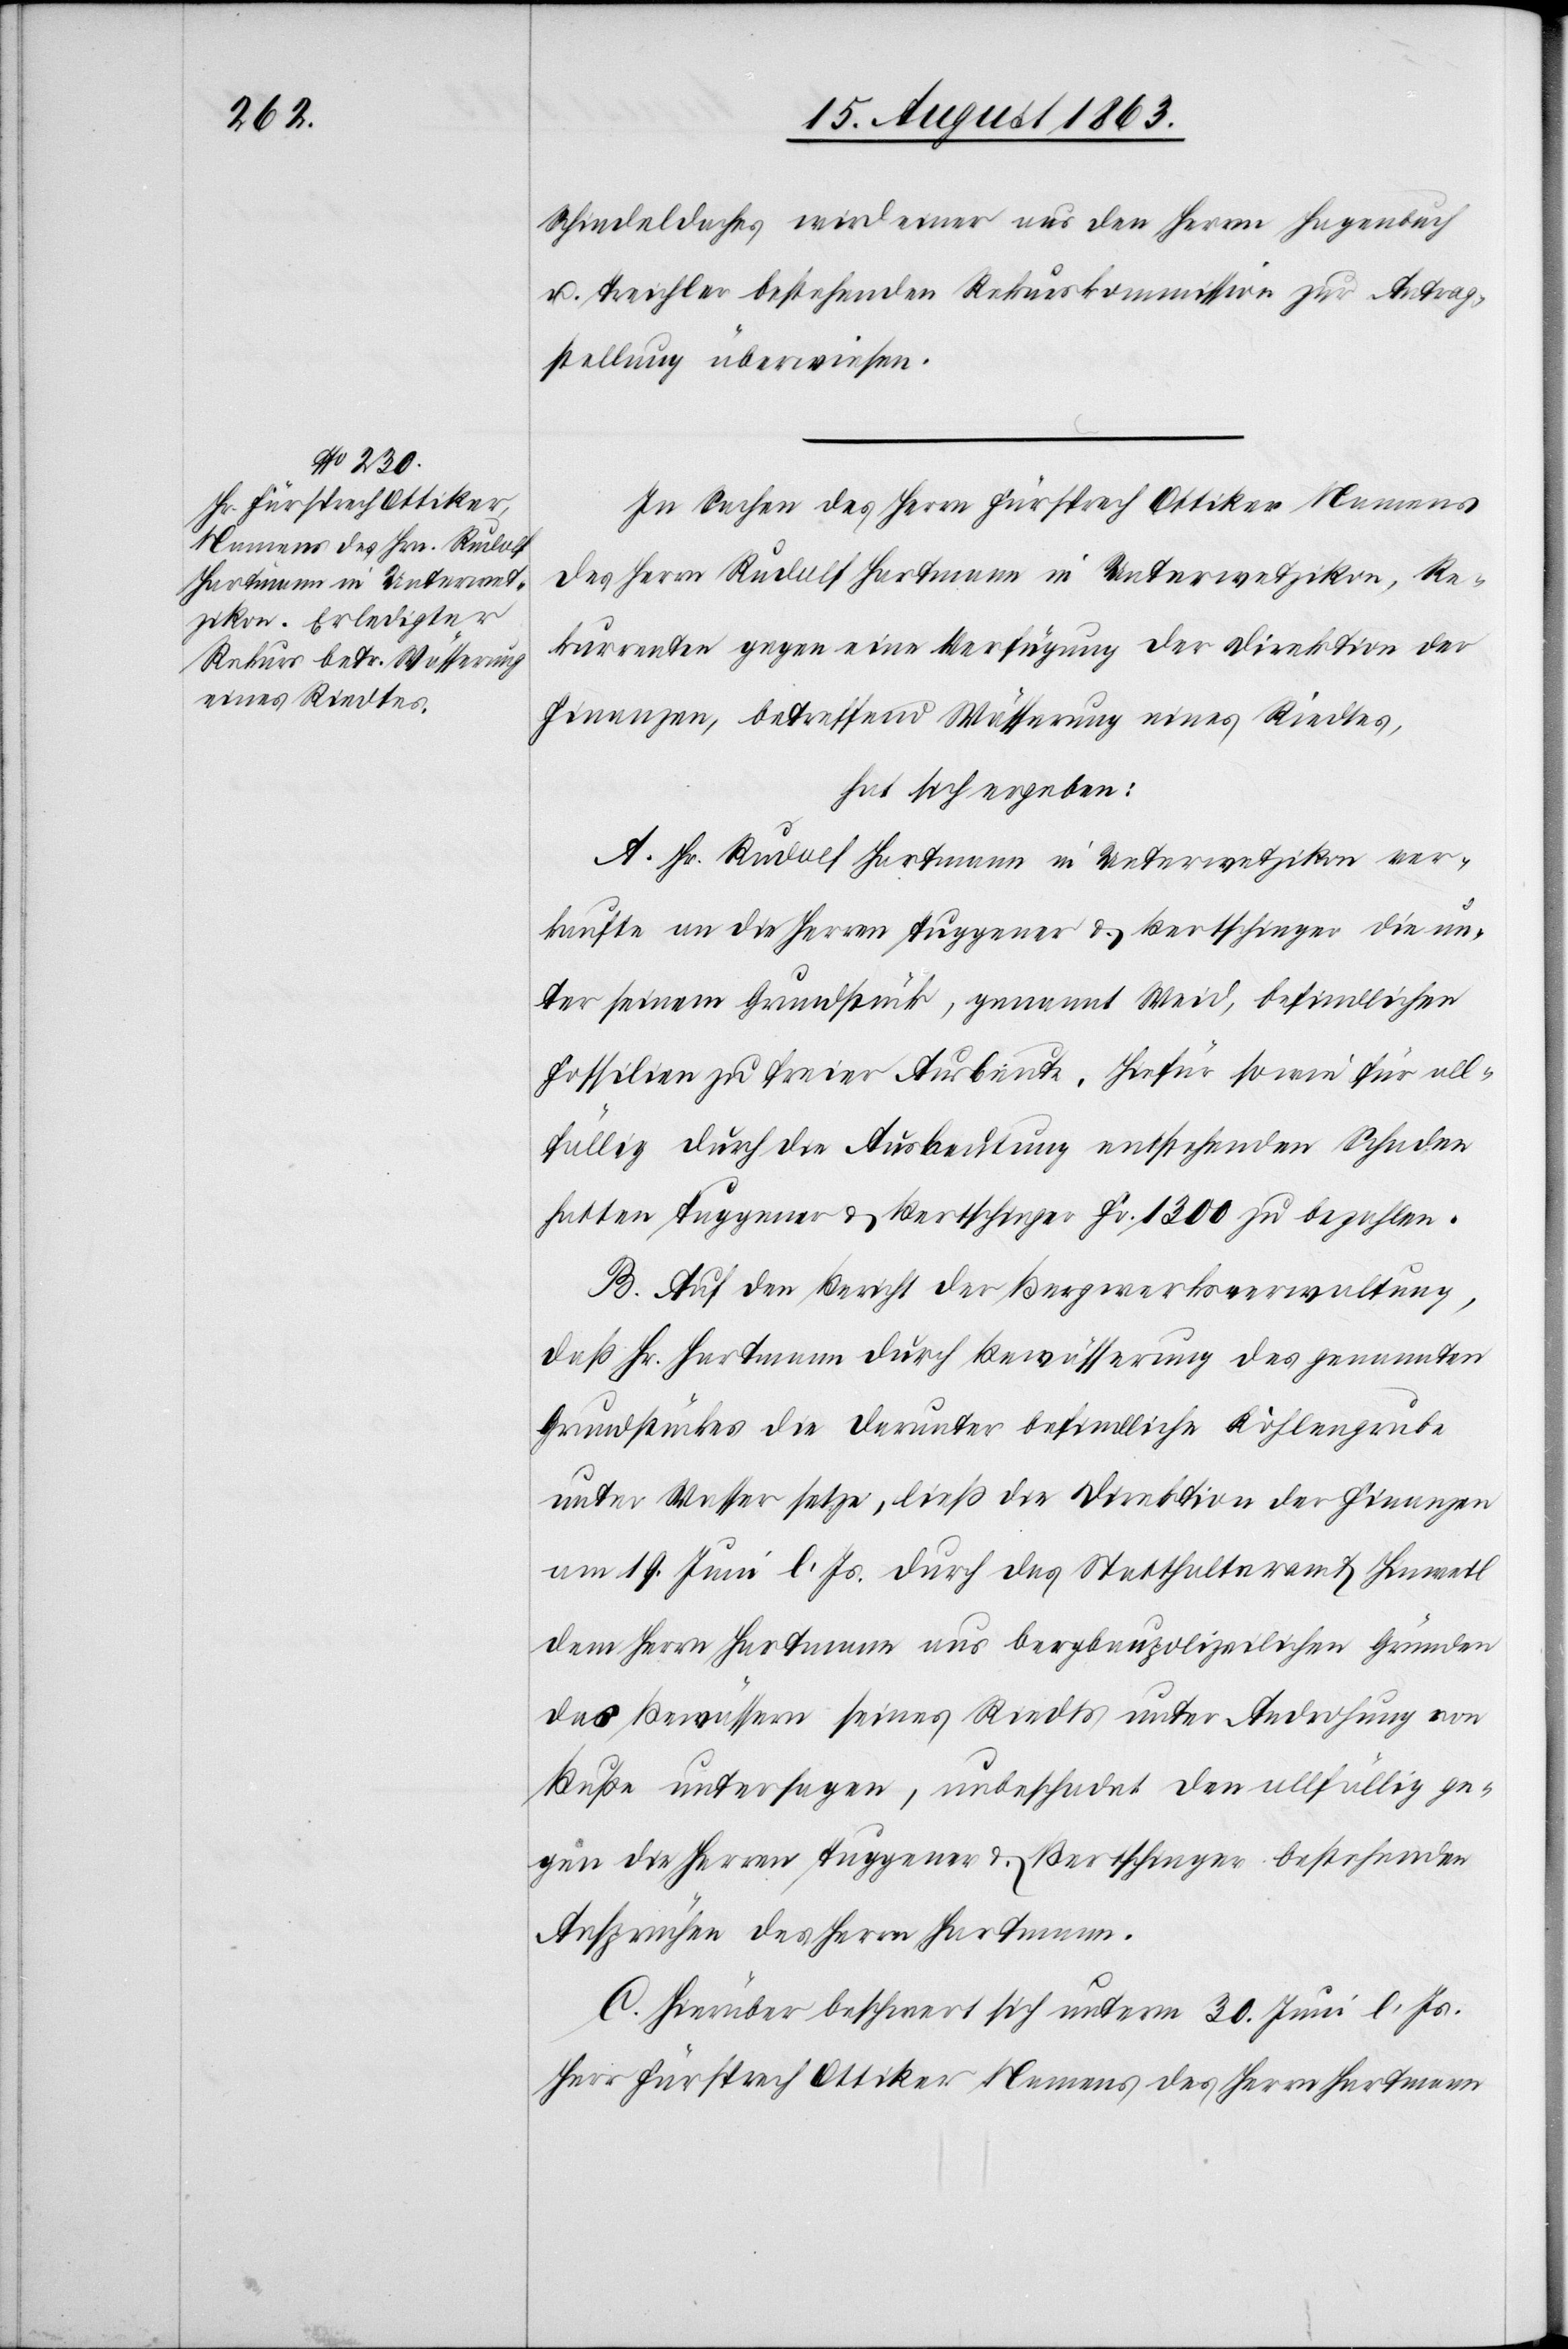
Schindeldaches wird einer aus den Herren Hagenbuch
u. Treichler bestehenden Rekurskommission zur Antrag¬
stellung überwiesen.
In Sachen des Herrn Fürsprech Ottiker Namens
des Herrn Rudolf Hartmann in Unterwetzikon, Re¬
kurrenten gegen eine Verfügung der Direktion der
Finanzen, betreffend Wässerung eines Riedtes,
hat sich ergeben:
A. Hr. Rudolf Hartmann in Unterwetzikon ver¬
kaufte an die Herren Tuggener & Bertschinger die un¬
ter seinem Grundstück, genannt Weid, befindlichen
Fossilien zu freier Ausbeute. Hiefür sowie für all¬
fällig durch die Ausbeutung entstehenden Schaden
hatten Tuggener & Bertschinger Fr. 1300 zu bezahlen.
B. Auf den Bericht der Bergwerksverwaltung,
daß Hr. Hartmann durch Bewässerung des genannten
Grundstückes die darunter befindliche Kohlengrube
unter Wasser setze, ließ die Direktion der Finanzen
am 19. Juni l. Js. durch das Statthalteramt Hinweil
dem Herrn Hartmann aus bergbaupolizeilichen Gründen
das Bewässern seines Riedts unter Androhung von
Buße untersagen, unbeschadet den allfällig ge¬
gen die Herren Tuggener & Bertschinger bestehenden
Ansprüche des Herrn Hartmann.
C. Hierüber beschwert sich unterm 30. Juni l. Js.
Herr Fürsprech Ottiker Namens des Herrn Hartmann